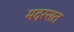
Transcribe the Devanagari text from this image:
मदरसत